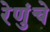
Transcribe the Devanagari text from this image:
रेणुंचे